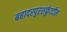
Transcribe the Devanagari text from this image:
बहादरपुरशर्फुददीन